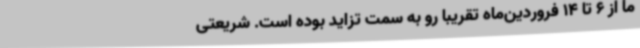
ما از 6 تا 14 فروردین‌ماه تقریبا رو به سمت تزاید بوده است. شریعتی